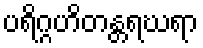
ပရိဂ္ဂဟိတန္တရဃရာ